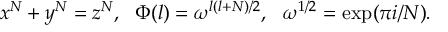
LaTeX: x ^ { N } + y ^ { N } = z ^ { N } , ~ ~ \Phi ( l ) = \omega ^ { l ( l + N ) / 2 } , ~ ~ \omega ^ { 1 / 2 } = \exp ( \pi i / N ) .